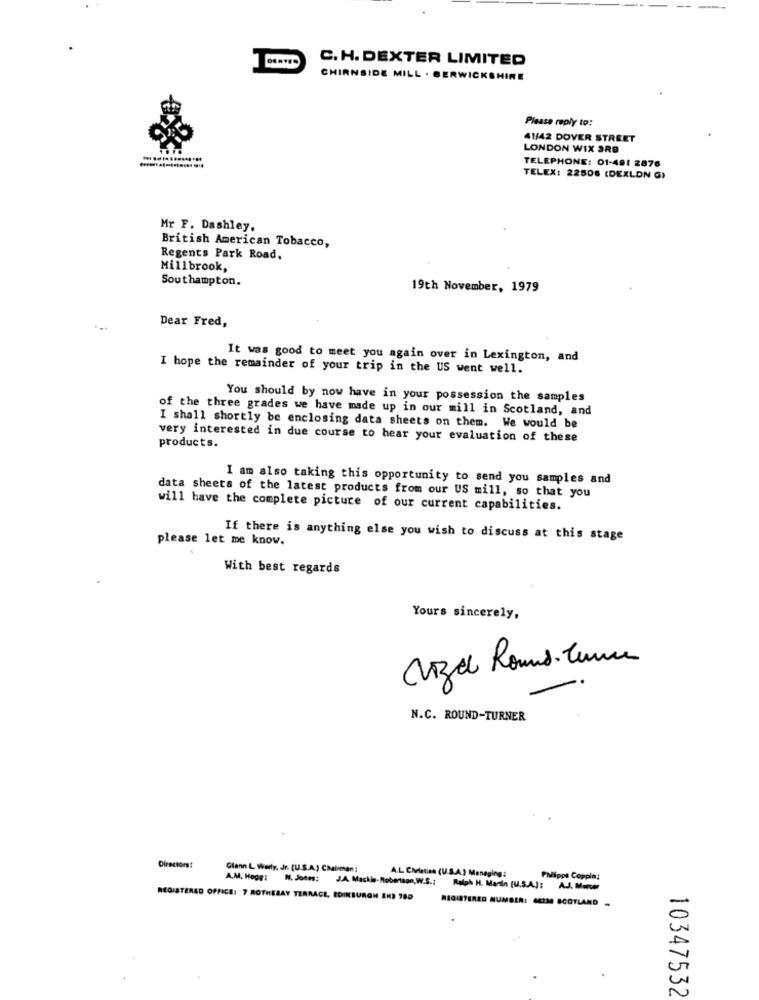
C.H. DEXTER LIMITED
CHIRNSIDE MILL . BERWICKSHIRE
Please reply to:
41/42 DOVER STREET
LONDON WIX ARB
TELEPHONE: 01-491 2876
TELEX: 22508 (DEXLON G)
Mr F. Dashley.
British American Tobacco,
Regents Park Road.
Millbrook,
Southampton.
19th November, 1979
Dear Fred,
It was good to meet you again over in Lexington, and
I hope the remainder of your trip in the US went well.
You should by now have in your possession the samples
of the three grades we have made up in our mill in Scotland, and
I shall shortly be enclosing data sheets on them. We would be
very interested in due course to hear your evaluation of these
products.
I am also taking this opportunity to send you samples and
data sheets of the latest products from our US mill, so that you
will have the complete picture of our current capabilities.
please let me know.
If there is anything else you wish to discuss at this stage
With best regards
Yours sincerely,
Cizal Romad. Cune
N.C. ROUND-TURNER
Directors!
Glenn L Werly, Jr. [U.S.A.) CMalman:
A.L. Christian (U.S.A.) Managing :
A.M. Hope:
Phipps Coppia;
REGISTERED OFFICE: 7 ROTHESAY TERRACE, EDINBURGH ANS 780
REGISTERED NUMBER: 44334 SCOTLAND -
10347532